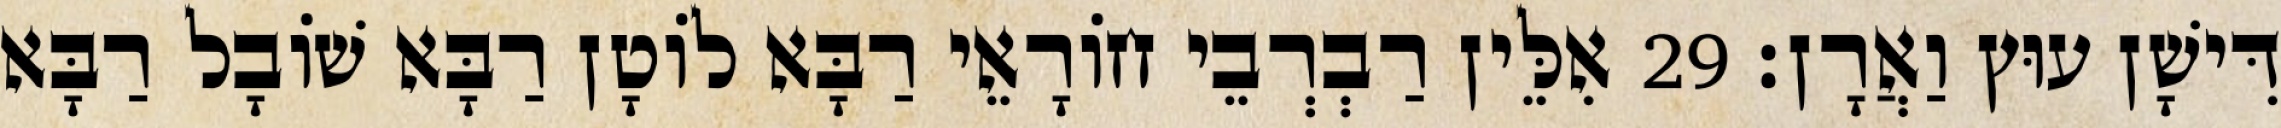
דִּישָׁן עוּץ וַאֲרָן׃ 29 אִלֵּין רַבְרְבֵי חוֹרָאֵי רַבָּא לוֹטָן רַבָּא שׁוֹבָל רַבָּא